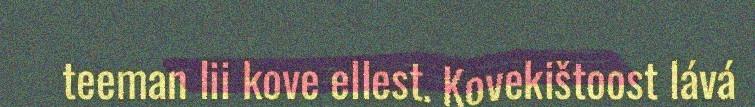
teeman lii kove ellest. Kovekištoost lává